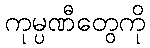
ကုမ္ပဏီတွေကို